NAE_ERA_R-2324_Eesti_Vabariigi_Pohiseaduslik_Assamblee, lk 128
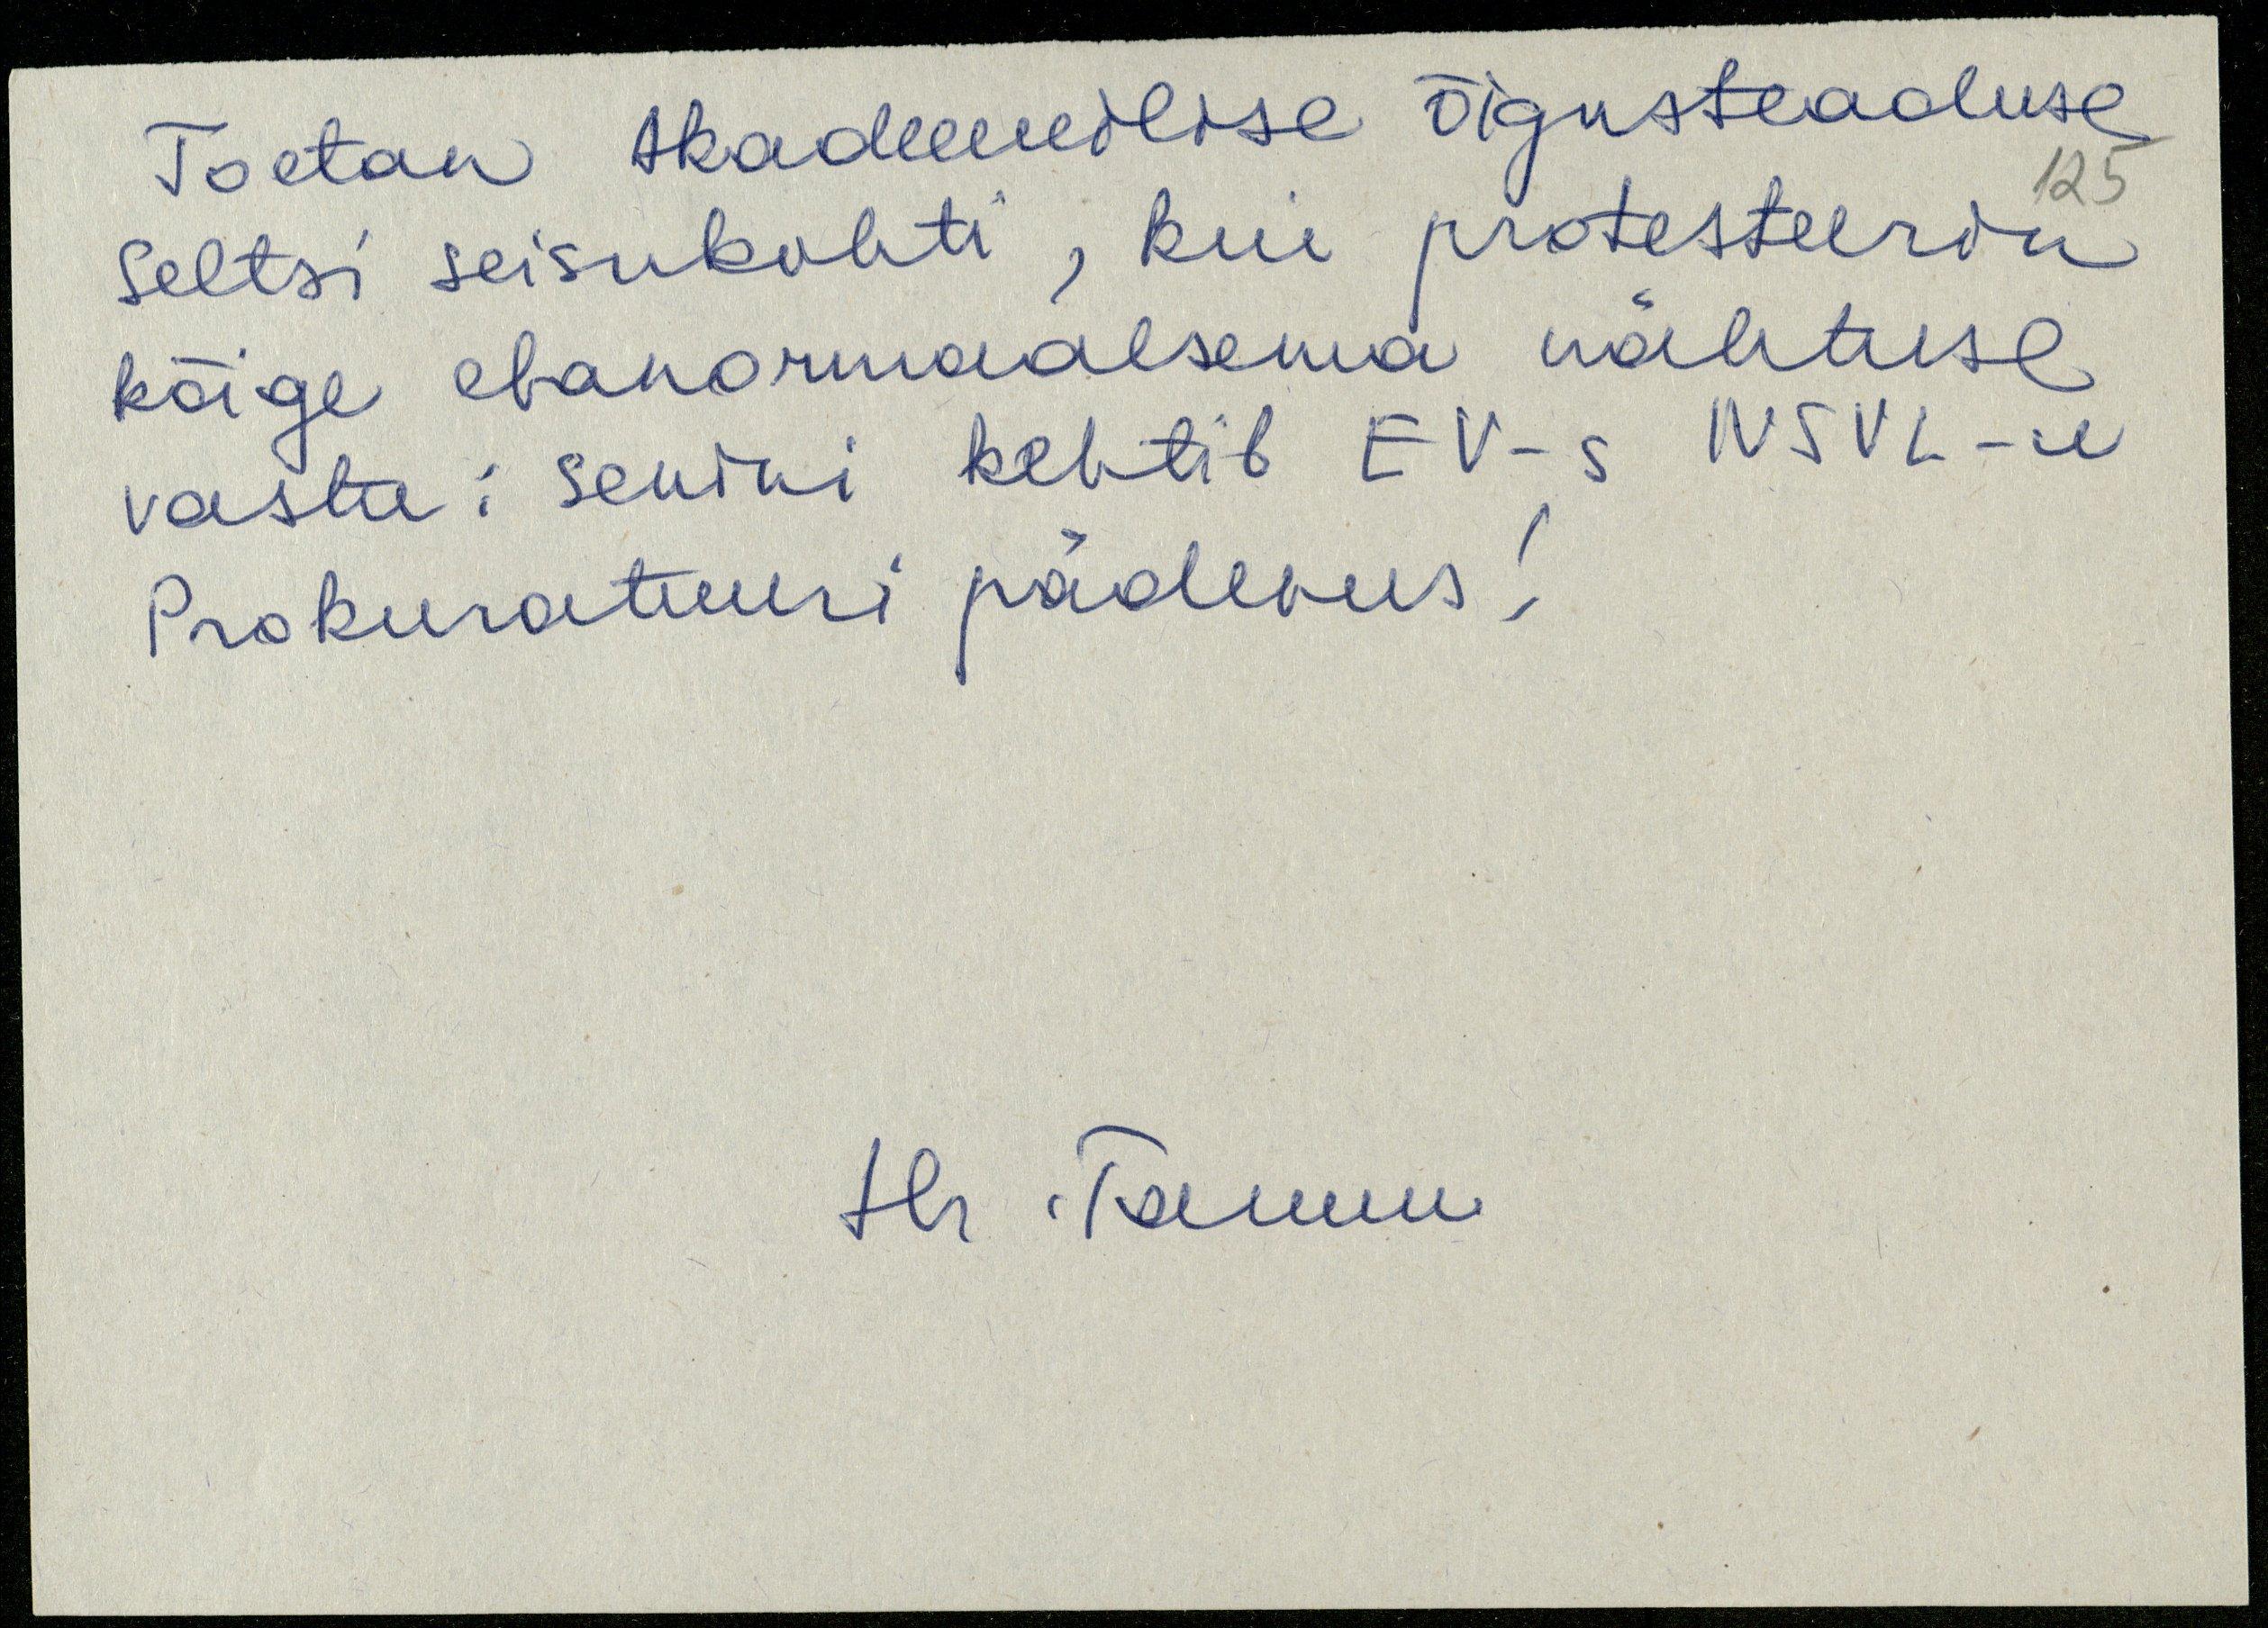
Toetan Akadeemilise õigusteaduse
seltsi seisukohti, kui protesteerin
kõige ebanormaalsema nähtuse
vastu: senini kehtib EV-s NSVL-e
Prokuratuuri pädevus!
Hr. Tamm.